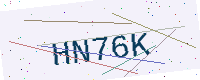
Text: HN76K